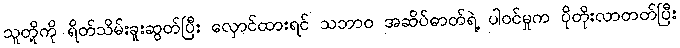
သူတို့ကို ရိတ်သိမ်းခူးဆွတ်ပြီး လှောင်ထားရင် သဘာဝ အဆိပ်ဓာတ်ရဲ့ ပါဝင်မှုက ပိုတိုးလာတတ်ပြီး